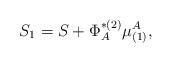
LaTeX: \begin{align*}S_1=S+\Phi _A^{*(2)}\mu _{(1)}^A,\end{align*}